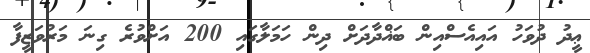
ޢީދު ދުވަހު އައިއެސްއިން ބަޣްދާދަށް ދިން ހަމަލާގައި 200 އަށްވުރެ ގިނަ މަރުވަޒީފާ